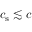
c _ { \mathrm { s } } \lesssim c